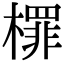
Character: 檌